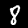
Digit: 8